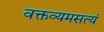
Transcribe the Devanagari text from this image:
वक्तव्यमसत्यं